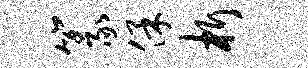
篆保析